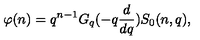
\varphi ( n ) = q ^ { n - 1 } G _ { q } ( - q \frac { d } { d q } ) S _ { 0 } ( n , q ) ,